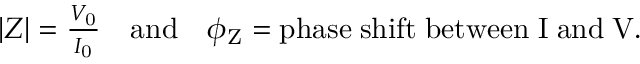
\begin{array} { r } { | Z | = \frac { V _ { \mathrm { 0 } } } { I _ { \mathrm { 0 } } } \quad \mathrm { a n d } \quad \phi _ { \mathrm { Z } } = \mathrm { p h a s e \; s h i f t \; b e t w e e n \; I \; a n d \; V } . } \end{array}